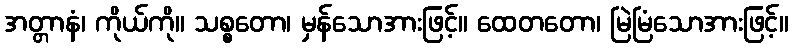
အတ္တာနံ၊ ကိုယ်ကို။ သစ္စတော၊ မှန်သောအားဖြင့်။ ထေတတော၊ မြဲမြံသောအားဖြင့်။